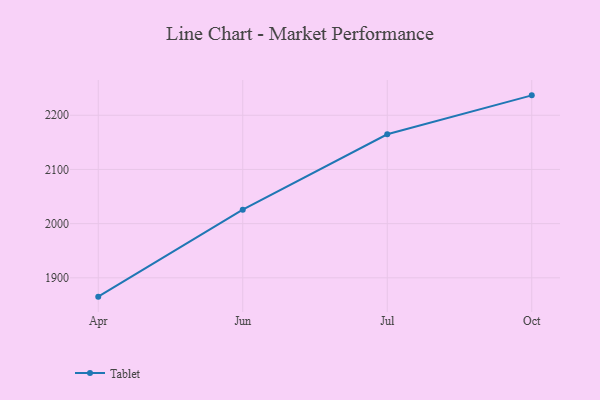
{"axis": {"x": "Month", "y": "Tickets Resolved"}, "legend": ["Tablet"], "data": [{"x": "Apr", "y": 1865.3, "type": "Tablet"}, {"x": "Jun", "y": 2025.8, "type": "Tablet"}, {"x": "Jul", "y": 2164.9, "type": "Tablet"}, {"x": "Oct", "y": 2236.7, "type": "Tablet"}]}